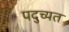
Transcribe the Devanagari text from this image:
पदुच्यत